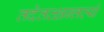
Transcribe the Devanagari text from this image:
तदेतत्क्षन्तव्यं